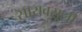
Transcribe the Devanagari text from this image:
सारावसूली